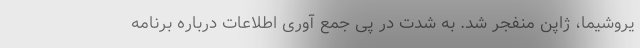
یروشیما، ژاپن منفجر شد. به شدت در پی جمع آوری اطلاعات درباره برنامه